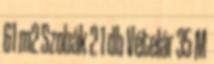
61 m2 Szobák 2 1 db Vételár 35 M